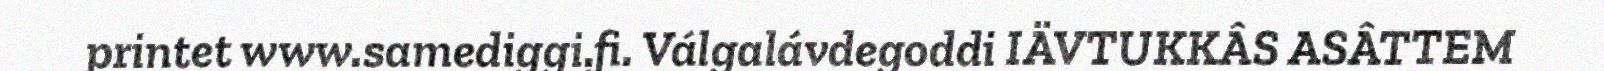
printet www.samediggi.fi. Válgalávdegoddi IÄVTUKKÂS ASÂTTEM